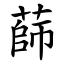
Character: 蒒